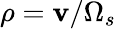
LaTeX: \rho=\mathbf{v}/\Omega_{s}